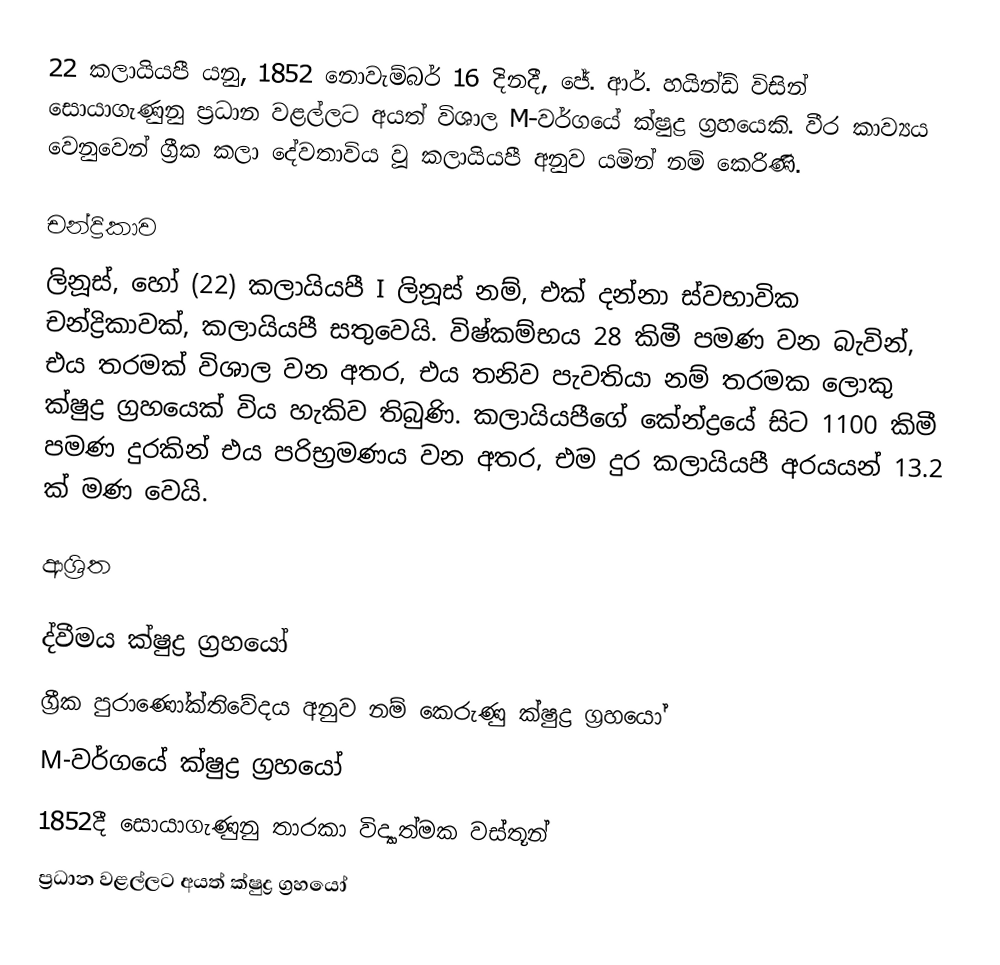
22 කලායියපී යනු,  1852 නොවැම්බර් 16 දිනදී, ජේ. ආර්. හයින්ඩ් විසින් සොයාගැණුනු  ප්‍රධාන වළල්ලට අයත් විශාල M-වර්ගයේ ක්ෂුද්‍ර ග්‍රහයෙකි. වීර කාව්‍යය වෙනුවෙන් ග්‍රීක කලා දේවතාවිය වූ කලායියපී අනුව යමින් නම් කෙරිණි.

චන්ද්‍රිකාව
ලිනූස්, හෝ (22) කලායියපී I ලිනූස් නම්,  එක්  දන්නා ස්වභාවික චන්ද්‍රිකාවක්, කලායියපී සතුවෙයි. විෂ්කම්භය 28 කිමී පමණ වන බැවින්, එය තරමක් විශාල වන අතර, එය තනිව පැවතියා නම් තරමක ලොකු ක්ෂුද්‍ර ග්‍රහයෙක් විය හැකිව තිබුණි. කලායියපීගේ කේන්ද්‍රයේ සිට  1100 කිමී පමණ දුරකින් එය පරිභ්‍රමණය වන අතර, එම දුර  කලායියපී අරයයන් 13.2 ක් මණ වෙයි.

ආශ්‍රිත

ද්වීමය ක්ෂුද්‍ර ග්‍රහයෝ
ග්‍රීක පුරාණෝක්තිවේදය අනුව නම් කෙරුණු ක්ෂුද්‍ර ග්‍රහයෝ
M-වර්ගයේ ක්ෂුද්‍ර ග්‍රහයෝ
1852දී සොයාගැණුනු තාරකා විද්‍යාත්මක වස්තූන්
ප්‍රධාන වළල්ලට අයත් ක්ෂුද්‍ර ග්‍රහයෝ